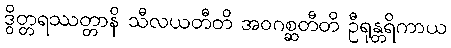
ဒွိတ္တရဿတ္တာနိ သီလယတီတိ အဝဂစ္ဆတီတိ ဦရုန္တရိကာယ